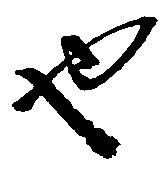
也